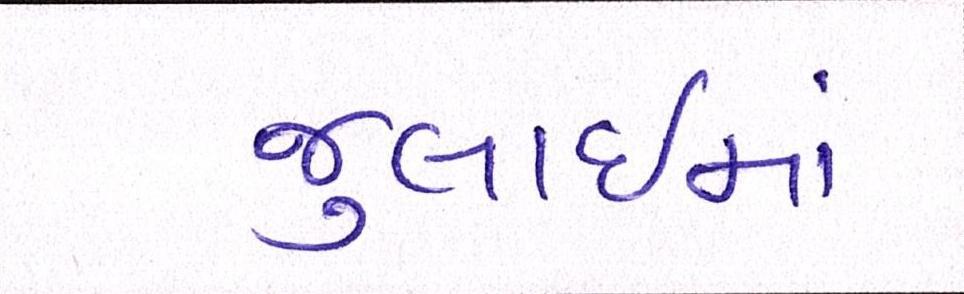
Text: જુલાઇમાં